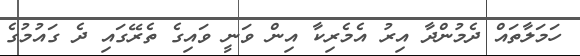
ހަމަލާތައް ދެމުންދާ އިރު އެމެރިކާ އިން ވަނީ ވައިގެ ތެރޭގައި ދެ ގައުމުގެ